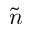
\tilde { n }